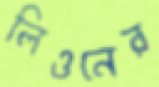
লিওনের